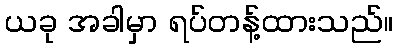
ယခု အခါမှာ ရပ်တန့်ထားသည်။